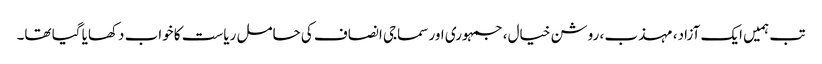
تب ہمیں ایک آزاد، مہذب ، روشن خیال، جمہوری اور سماجی انصاف کی حامل ریاست کا خواب دکھایا گیا تھا۔